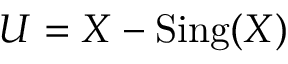
U = X - { \mathrm { S i n g } } ( X )